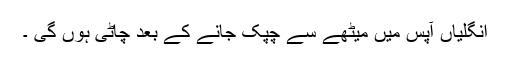
انگلیاں آپس میں میٹھے سے چپک جانے کے بعد چاٹی ہوں گی ۔